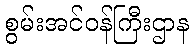
စွမ်းအင်ဝန်ကြီးဌာန